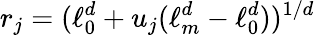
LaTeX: r_{j}=(\ell_{0}^{d}+u_{j}(\ell_{m}^{d}-\ell_{0}^{d}))^{1/d}